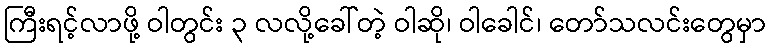
ကြီးရင့်လာဖို့ ဝါတွင်း ၃ လလို့ခေါ်တဲ့ ဝါဆို၊ ဝါခေါင်၊ တော်သလင်းတွေမှာ